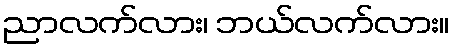
ညာလက်လား၊ ဘယ်လက်လား။